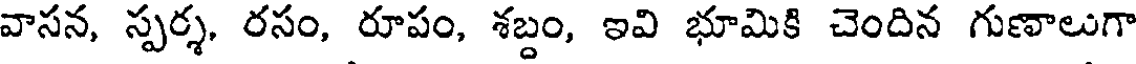
వాసన, స్పర్శ. రసం, రూపం, శబ్దం, ఇవి భూమికి చెందిన గుణాలుగా